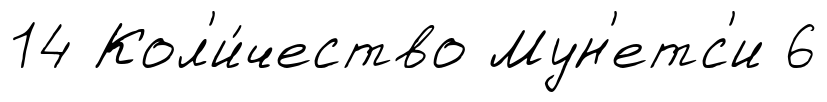
14 Кол'и́чество Мун'етс'и 6